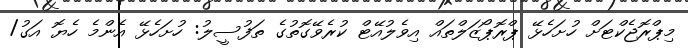
މިޕްރޮޖެކްޓަށް ހުށަހެޅޭ ޕްރޮޕޯޒަލްތައް އިވެލުއޭޓް ކުރެވޭގޮތުގެ ތަފުސީލު: ހުށަހެޅޭ އެންމެ ހެޔޮ އަގު/